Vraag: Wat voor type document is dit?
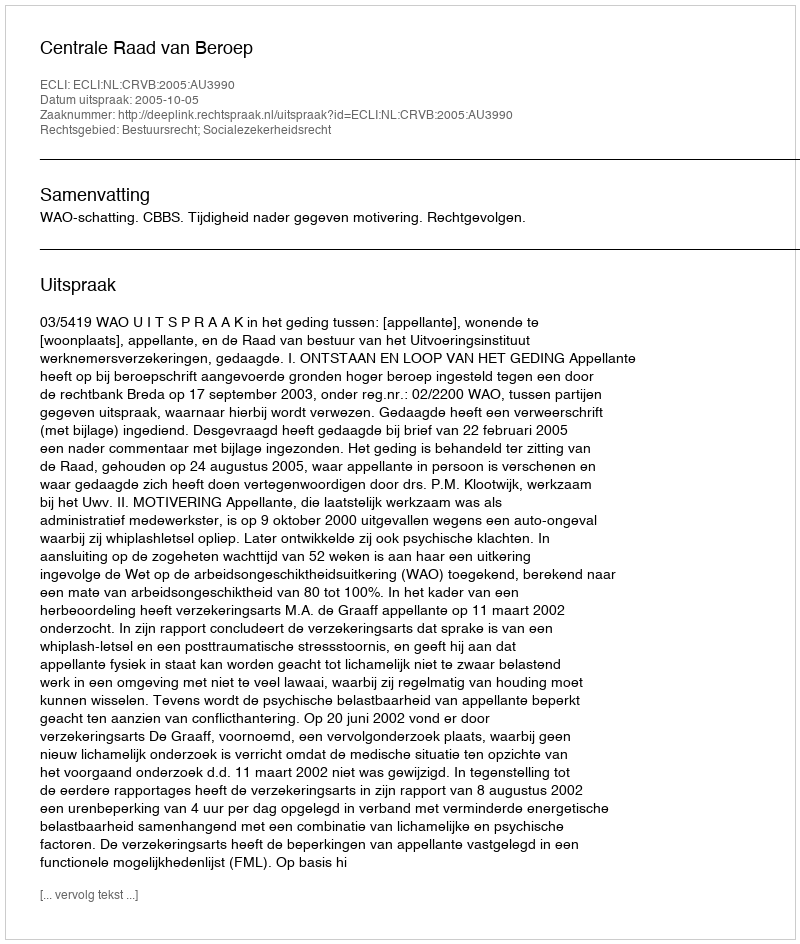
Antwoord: Uitspraak